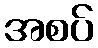
အစပ်